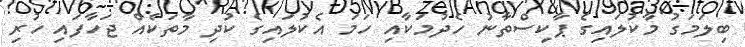
ބިލަމަގު މާކުލައިގެ ޕާކިސްތާނު ހެދުމަކާއި ހަމަ އެކުލައިގެ ކުދި މާތަކެއް ޖަހާފައި ހުރި